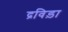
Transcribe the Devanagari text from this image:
द्रविड़ा